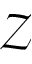
\mathcal { Z }